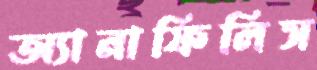
অ্যানাফিলিস